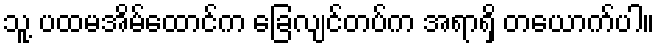
သူ့ ပထမအိမ်ထောင်က ခြေလျင်တပ်က အရာရှိ တယောက်ပါ။